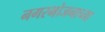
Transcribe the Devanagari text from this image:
नगरभोजनाच्या